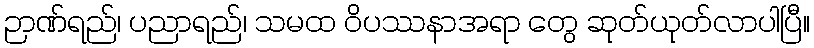
ဉာဏ်ရည်၊ ပညာရည်၊ သမထ ဝိပဿနာအရာ တွေ ဆုတ်ယုတ်လာပါပြီ။